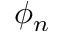
\phi _ { n }